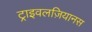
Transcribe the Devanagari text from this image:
ट्राइवलज़ियानस